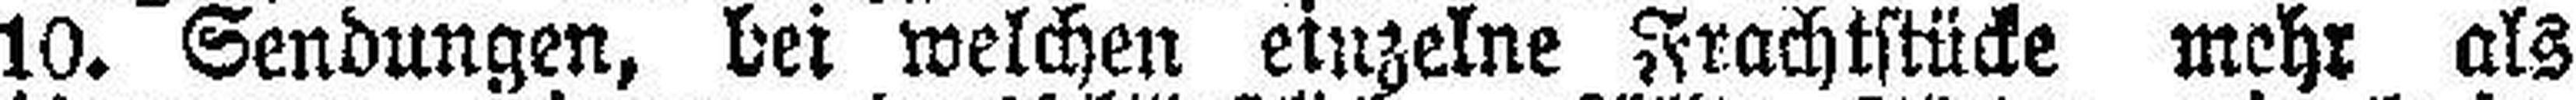
10. Sendungen, bei welchen einzelne Frachtstücke mehr als